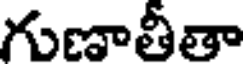
గుణాతీతా